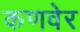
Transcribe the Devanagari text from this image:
कणवेर